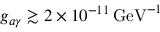
g _ { a \gamma } \gtrsim 2 \times 1 0 ^ { - 1 1 } \, \mathrm { G e V } ^ { - 1 }